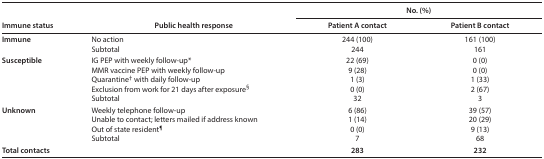
| <ROWSPAN=2> Immune status | <ROWSPAN=2> Public health response | <COLSPAN=2> No. (%) |
 | Patient A contact | Patient B contact |
 | --- | --- | --- | --- |
 | <ROWSPAN=2> Immune | No action | 244 (100) | 161 (100) |
 | Subtotal | 244 | 161 |
 | <ROWSPAN=5> Susceptible | IG PEP with weekly follow-up* | 22 (69) | 0 (0) |
 | MMR vaccine PEP with weekly follow-up | 9 (28) | 0 (0) |
 | Quarantine† with daily follow-up | 1 (3) | 1 (33) |
 | Exclusion from work for 21 days after exposure§ | 0 (0) | 2 (67) |
 | Subtotal | 32 | 3 |
 | <ROWSPAN=4> Unknown | Weekly telephone follow-up | 6 (86) | 39 (57) |
 | Unable to contact; letters mailed if address known | 1 (14) | 20 (29) |
 | Out of state resident¶ | 0 (0) | 9 (13) |
 | Subtotal | 7 | 68 |
 | <COLSPAN=2> Total contacts | 283 | 232 |